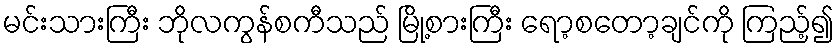
မင်းသားကြီး ဘိုလကွန်စကီသည် မြို့စားကြီး ရော့စတော့ချင်ကို ကြည့်၍